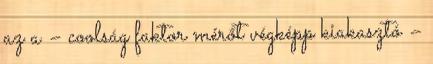
az a – coolság faktor mérőt végképp kiakasztó –